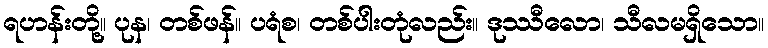
ရဟန်းတို့။ ပုန၊ တစ်ဖန်။ ပရံစ၊ တစ်ပါးတုံလည်း။ ဒုဿီလော၊ သီလမရှိသော။